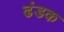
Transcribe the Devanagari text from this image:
ढंडक